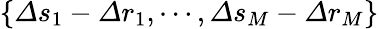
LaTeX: \{ \varDelta s_{1}-\varDelta r_{1},\cdots,\varDelta s_{M}-\varDelta r_{M}\}